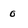
Character: 0